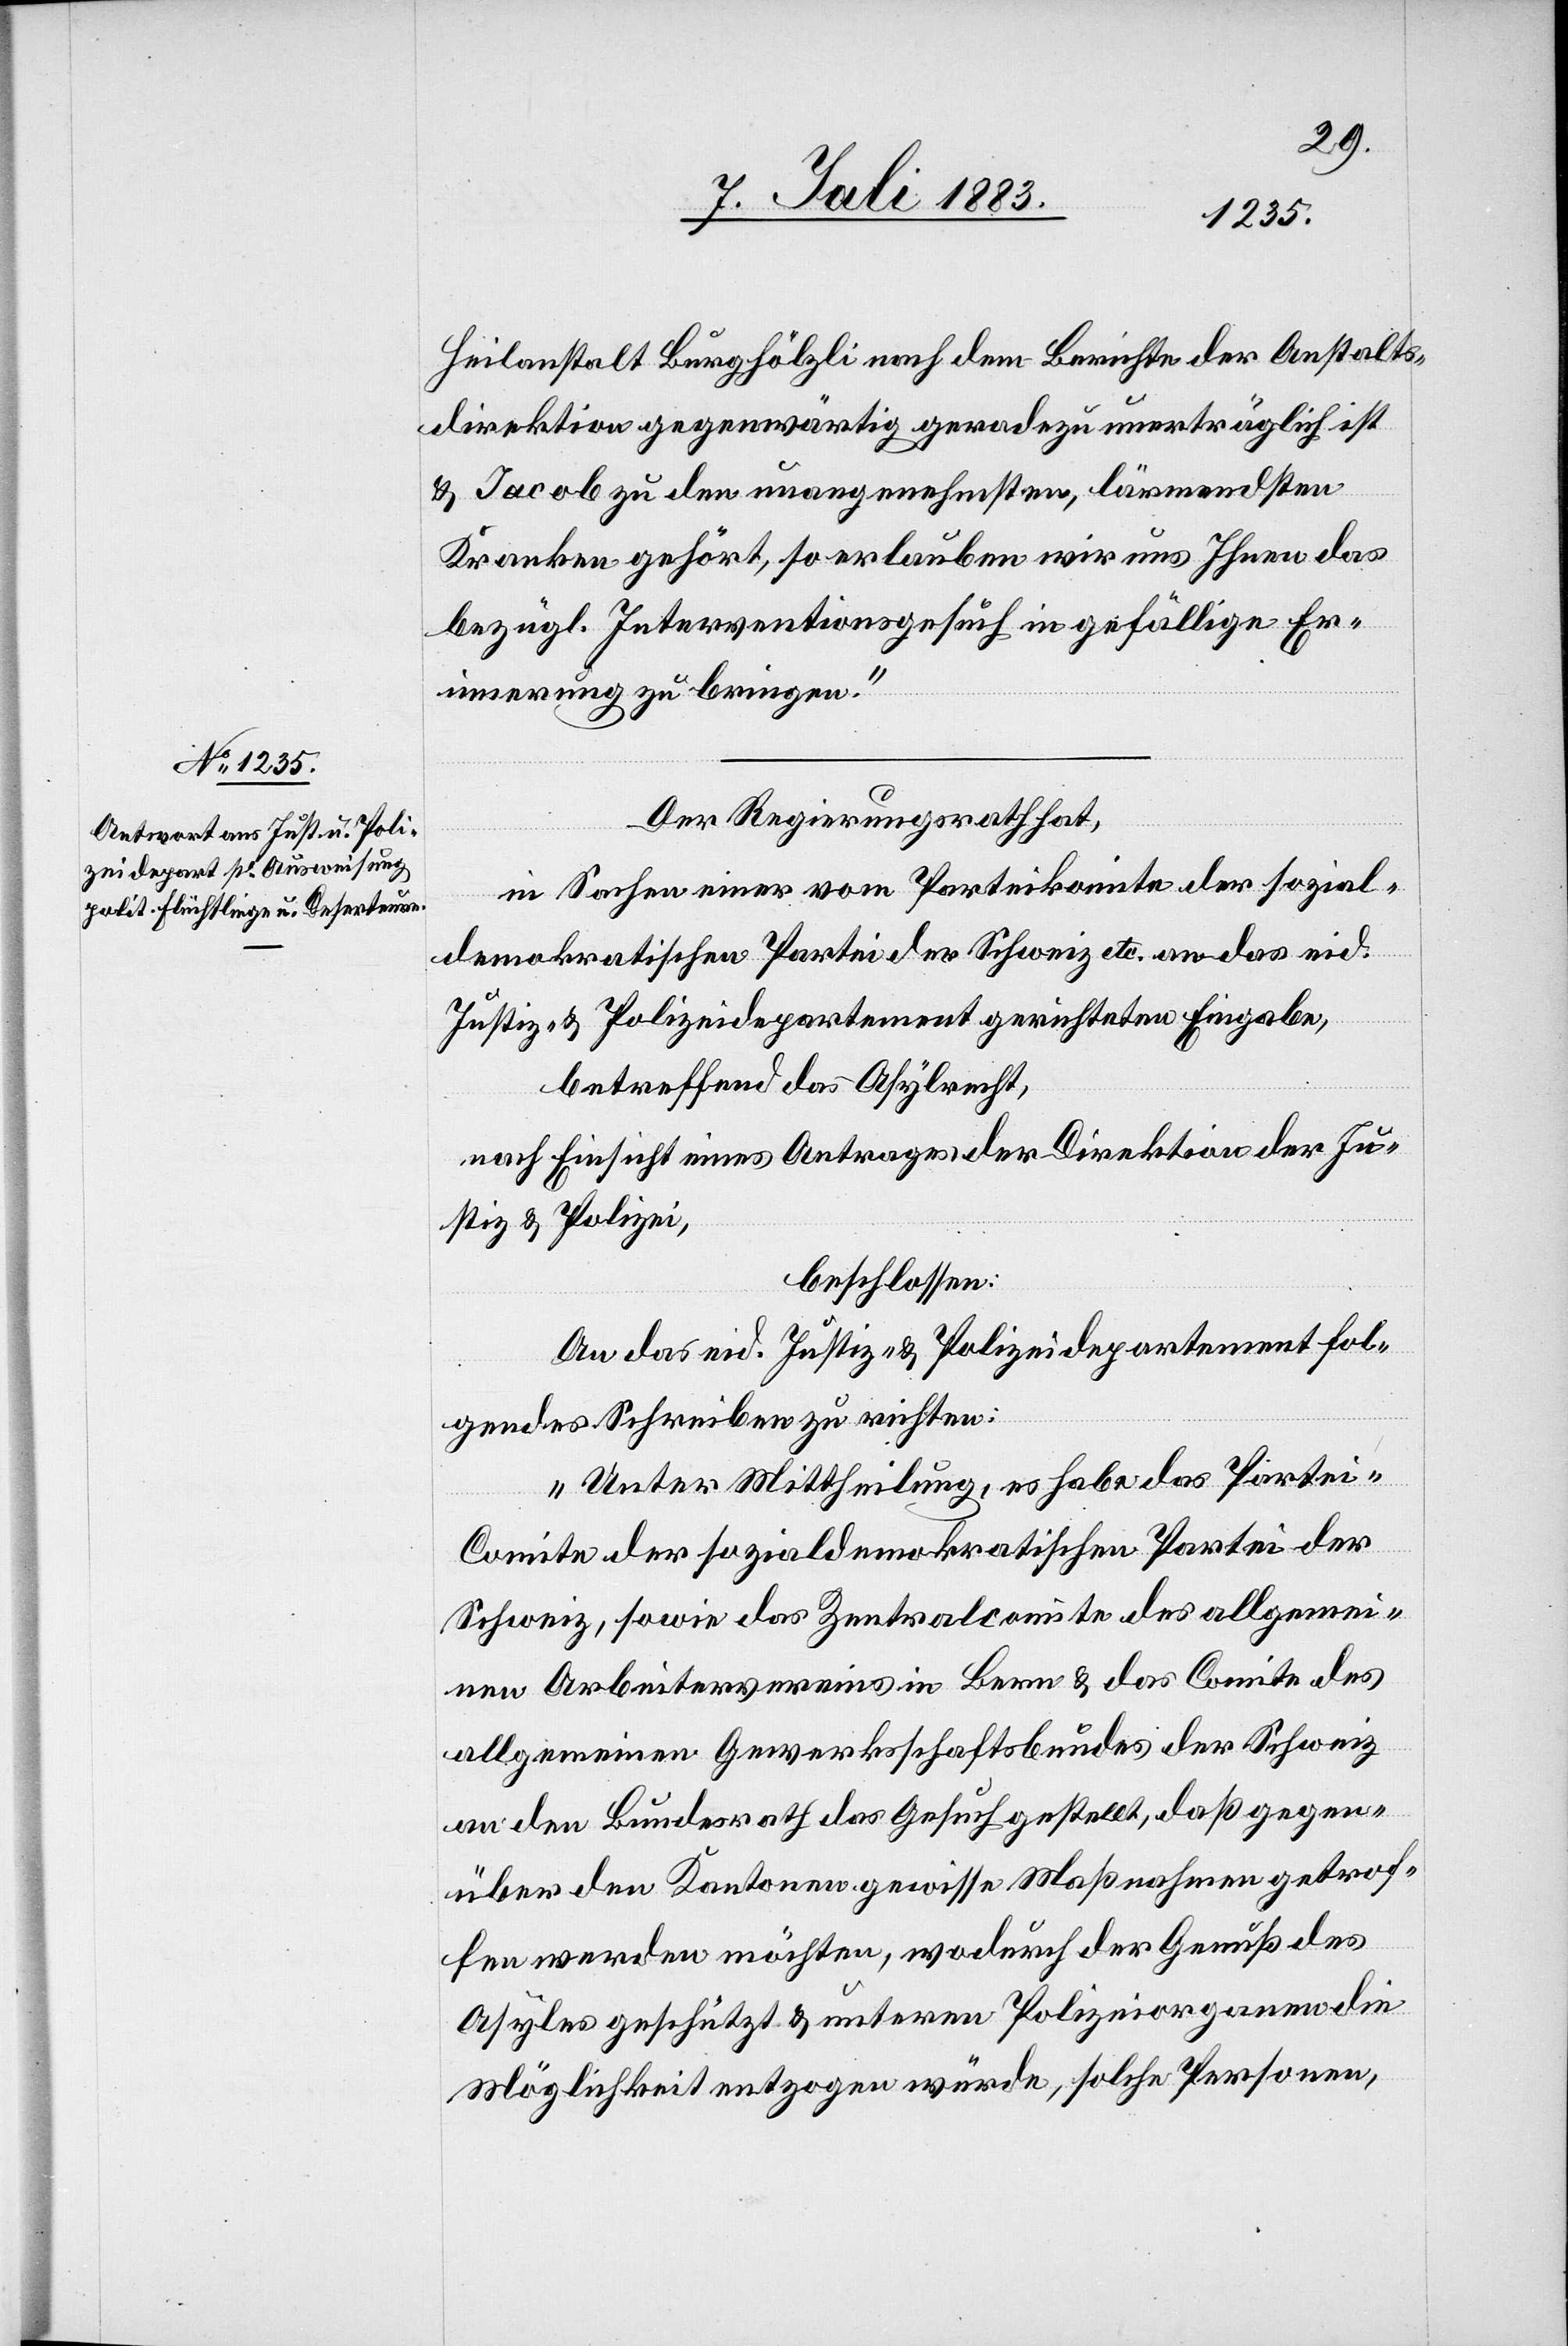
Heilanstalt Burghölzli nach dem Berichte der Anstalts¬
direktion gegenwärtig geradezu unerträglich ist
& Jacob [sic!] zu den unangenehmsten, lärmendsten
Kranken gehört, so erlauben wir uns Ihnen das
bezügl. Interventionsgesuch in gefällige Er¬
innerung zu bringen.“
Der Regierungsrath hat,
in Sachen einer vom Parteikomite der sozial¬
demokratischen Partei der Schweiz etc. an das eid.
Justiz- & Polizeidepartement gerichteten Eingabe,
betreffend das Asylrecht,
nach Einsicht eines Antrages der Direktion der Ju¬
stiz & Polizei,
beschlossen:
An das eid. Justiz- & Polizeidepartement fol¬
gendes Schreiben zu richten:
„Unter Mittheilung, es habe das Partei-C¬
omite der sozialdemokratischen Partei der
Schweiz, sowie das Zentralcomite des allgemei¬
nen Arbeitervereins in Bern & das Comite des
allgemeinen Gewerkschaftsbundes der Schweiz
an den Bundesrath das Gesuch gestellt, daß gegen¬
über den Kantonen gewisse Maßnahmen getrof¬
fen werden möchten, wodurch der Genuß des
Asyles geschützt & unteren Polizeiorganen die
Möglichkeit entzogen würde, solche Personen,